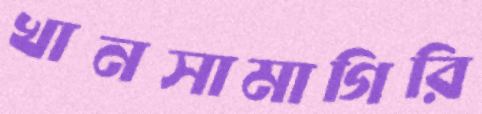
খানসামাগিরি